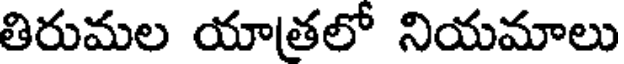
తిరుమల యాత్రలో నియమాలు